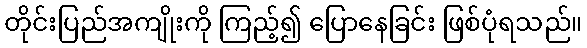
တိုင်းပြည်အကျိုးကို ကြည့်၍ ပြောနေခြင်း ဖြစ်ပုံရသည်။